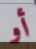
أو